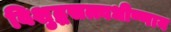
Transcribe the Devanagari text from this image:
विशुद्धसत्त्वधीष्णाय